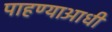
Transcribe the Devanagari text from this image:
पाहण्याआधी